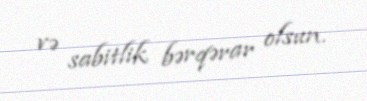
və sabitlik bərqərar olsun.